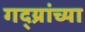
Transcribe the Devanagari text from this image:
गद्य्रांच्या